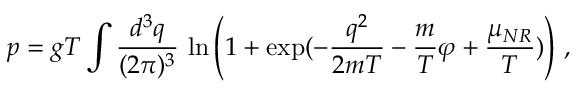
p = g T \int \frac { d ^ { 3 } q } { ( 2 \pi ) ^ { 3 } } \, \ln \left( 1 + \exp ( - \frac { q ^ { 2 } } { 2 m T } - \frac { m } { T } \varphi + \frac { \mu _ { N R } } { T } ) \right) \, ,